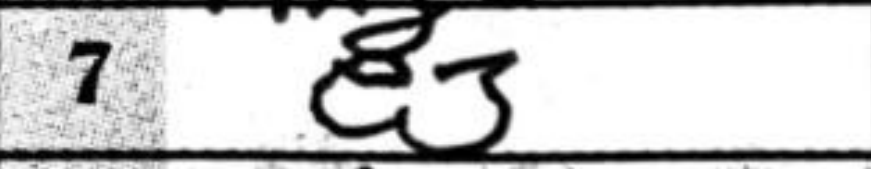
Transcription: e3